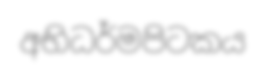
අභිධර්මපිටකය